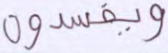
ويفسدون